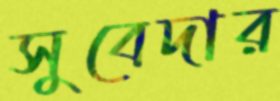
সুবেদার